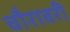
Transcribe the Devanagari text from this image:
चौरावरी